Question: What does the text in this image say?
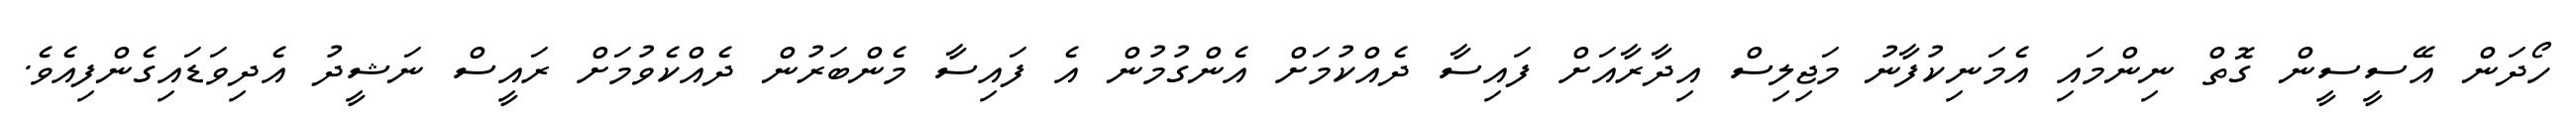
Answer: ހޯދަން އޭސީސީން ގޮތް ނިންމައި އެމަނިކުފާނު މަޖިލިސް އިދާރާއަށް ފައިސާ ދެއްކުމަށް އެންގުމުން އެ ފައިސާ މެންބަރުން ދެއްކެވުމަށް ރައީސް ނަޝީދު އެދިވަޑައިގެންފިއެވެ.